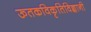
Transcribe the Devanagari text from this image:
ऊतकविकृतिविज्ञानी